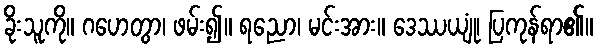
ခိုးသူကို။ ဂဟေတွာ၊ ဖမ်း၍။ ရညော၊ မင်းအား။ ဒေဿယျုံ၊ ပြကုန်ရာ၏။